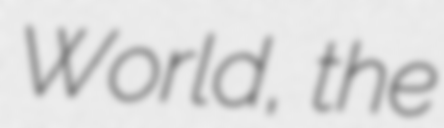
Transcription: World, the